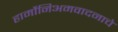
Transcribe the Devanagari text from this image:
हार्मोनिअमवादनाचे